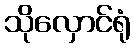
သိုလှောင်ရုံ